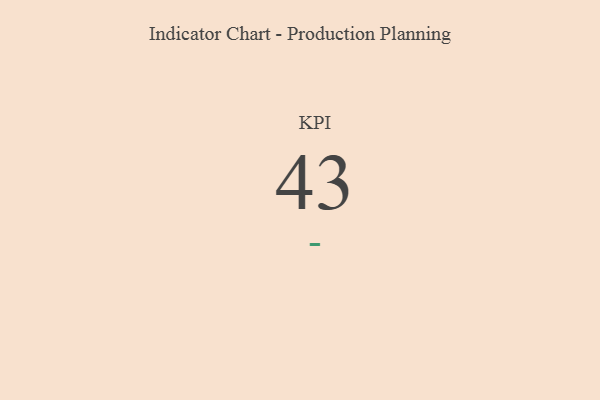
{"axis": {"x": "KPI", "y": "Value"}, "legend": [""], "data": [{"x": "KPI", "y": 43, "type": ""}]}